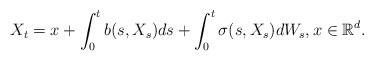
LaTeX: \begin{align*} X_t = x + \int_0^t b(s,X_s)ds + \int_0^t \sigma(s,X_s) dW_s, x \in \mathbb R^d. \end{align*}